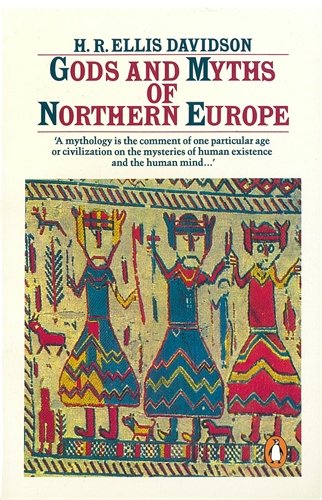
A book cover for Gods and Myths of Northern Europe; H.R. Ellis Davidson; Literature & Fiction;